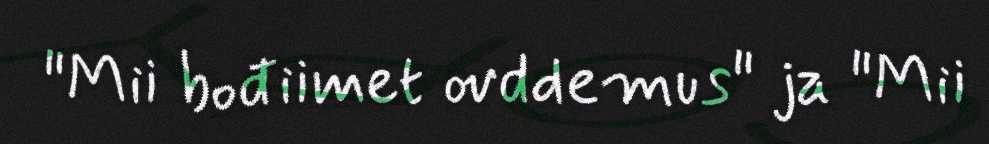
"Mii bođiimet ovddemus" ja "Mii